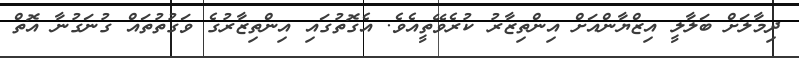
ދިމާލަށް ބަލާލީ އިޒްޔާންއަށް އިންތިޒާރު ކުރެވޭތީއެވެ. އެގޮތުގައި އިންތިޒާރުގެ ވަގުތުތައް ގުނަގުނާ އޮތް